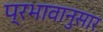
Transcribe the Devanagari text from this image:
प्रभावानुसार